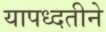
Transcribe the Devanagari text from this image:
यापध्दतीने